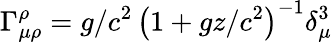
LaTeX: \Gamma_{\mu\rho}^{\rho}=g/c^{2}\, \left(1+gz/c^{2}\right)^{-1}\delta_{\mu}^{3}